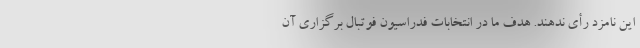
این نامزد رأی ندهند. هدف ما در انتخابات فدراسیون فوتبال برگزاری آن